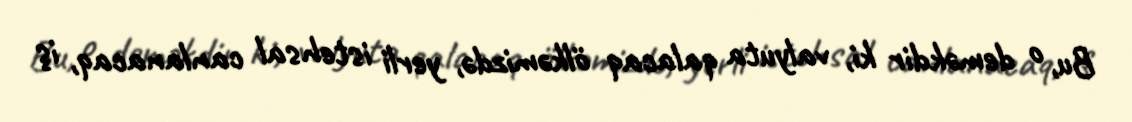
Bu, o deməkdir ki, valyuta qalacaq ölkəmizdə, yerli istehsal canlanacaq, iş